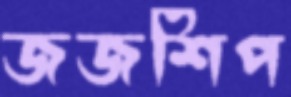
জজশিপ